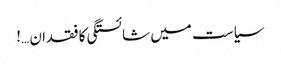
سیاست میں شائستگی کا فقدان …!